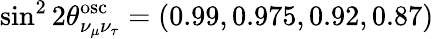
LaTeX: {\sin}^{2}\, 2\theta_{\nu_{\mu}\nu_{\tau}}^{\mathrm{osc}}=(0.99,0.975,0.92,0.87)